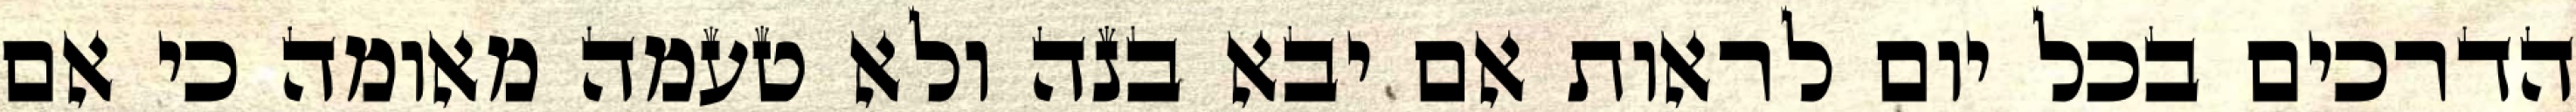
הדרכים בכל יום לראות אם יבא בנה ולא טעמה מאומה כי אם